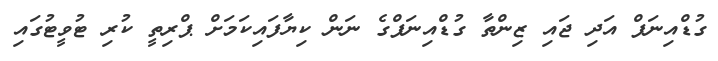
ގުޑްއިނަފް އަދި ޖައި ޒިންތާ ގުޑްއިނަފްގެ ނަން ކިޔާފައިކަމަށް ޕްރިތީ ކުރި ޓުވީޓުގައި